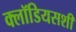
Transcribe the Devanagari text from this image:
क्लॉडियसशी